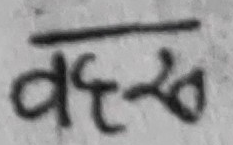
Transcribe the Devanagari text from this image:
वर्दस